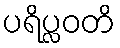
ပရိပ္လဝတိ